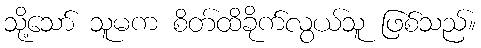
သို့သော် သူမက စိတ်ထိခိုက်လွယ်သူ ဖြစ်သည်။